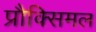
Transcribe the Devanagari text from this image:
प्रौक्सिमल